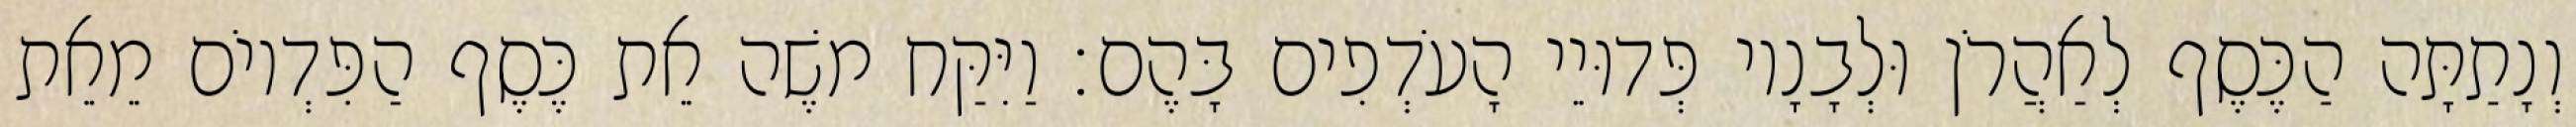
וְנָתַתָּה הַכֶּסֶף לְאַהֲרֹן וּלְבָנָיו פְּדוּיֵי הָעֹדְפִים בָּהֶם׃ וַיִּקַּח משֶׁה אֵת כֶּסֶף הַפִּדְיוֹם מֵאֵת